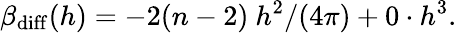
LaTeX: \beta_{\mathrm{diff}}(h)=-2(n-2)~h^{2}/(4\pi)+0\cdot h^{3}.